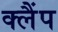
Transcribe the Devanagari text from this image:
क्‍लैंप